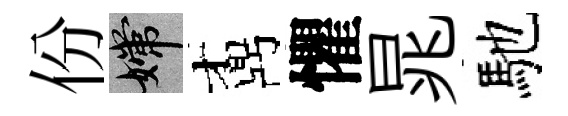
份嫦鼒懼晁馳